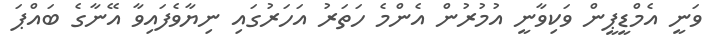
ވަނީ އެމްޑީޕީން ވަކިވާނީ އުމުރުން އެންމެ ހަތަރު އަހަރުގައި ނިޔާވެފައިވާ އޭނާގެ ބައްޕަ